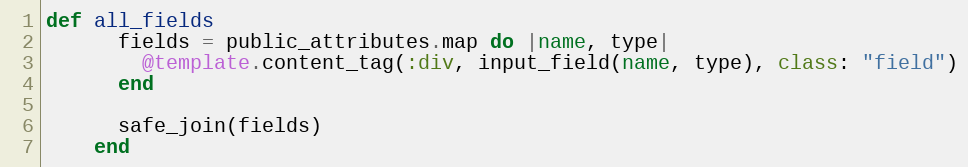
Language: Ruby
def all_fields
      fields = public_attributes.map do |name, type|
        @template.content_tag(:div, input_field(name, type), class: "field")
      end

      safe_join(fields)
    end